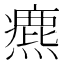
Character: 𤐅